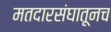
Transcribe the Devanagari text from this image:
मतदारसंघातूनच